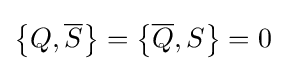
\left\{Q,{\overline {S}}\right\}=\left\{{\overline {Q}},S\right\}=0